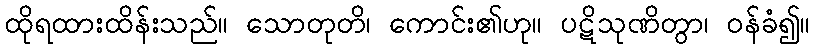
ထိုရထားထိန်းသည်။ သောတုတိ၊ ကောင်း၏ဟု။ ပဋိသုဏိတွာ၊ ဝန်ခံ၍။